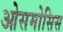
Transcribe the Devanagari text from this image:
ओसमोसिस